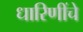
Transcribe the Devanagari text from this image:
धारिणींचे